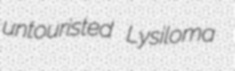
untouristed Lysiloma